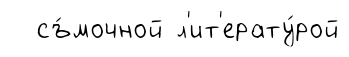
съ́мочной л'ит'ерату́рой